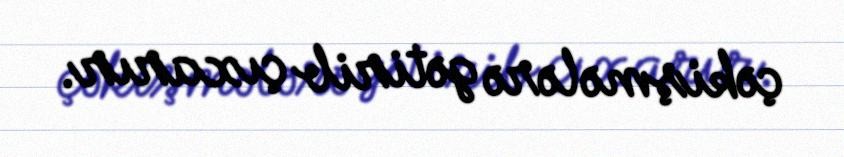
çəkişmələrə gətirib çıxarır.